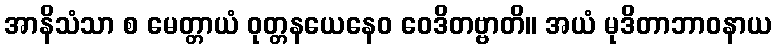
အာနိသံသာ စ မေတ္တာယံ ဝုတ္တနယေနေဝ ဝေဒိတဗ္ဗာတိ။ အယံ မုဒိတာဘာဝနာယ